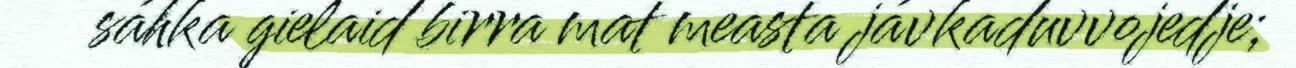
sáhka gielaid birra mat measta jávkaduvvojedje;